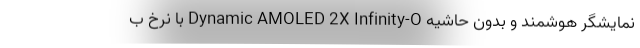
نمایشگر هوشمند و بدون حاشیه Dynamic AMOLED 2X Infinity-O با نرخ ب